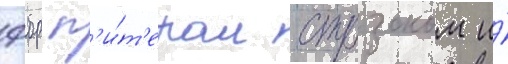
фбр п'и́т'ером стрзоком и́